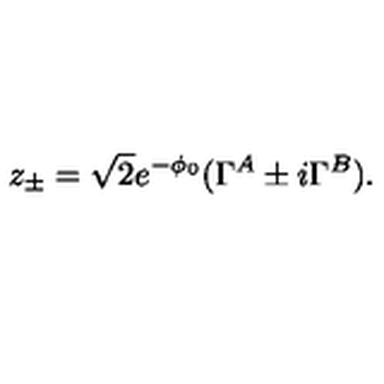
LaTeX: z _ { \pm } = \sqrt { 2 } e ^ { - \phi _ { 0 } } ( \Gamma ^ { A } \pm i \Gamma ^ { B } ) .